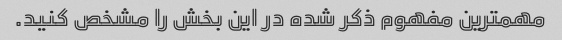
مهمترین مفهوم ذکر شده در این بخش را مشخص کنید.